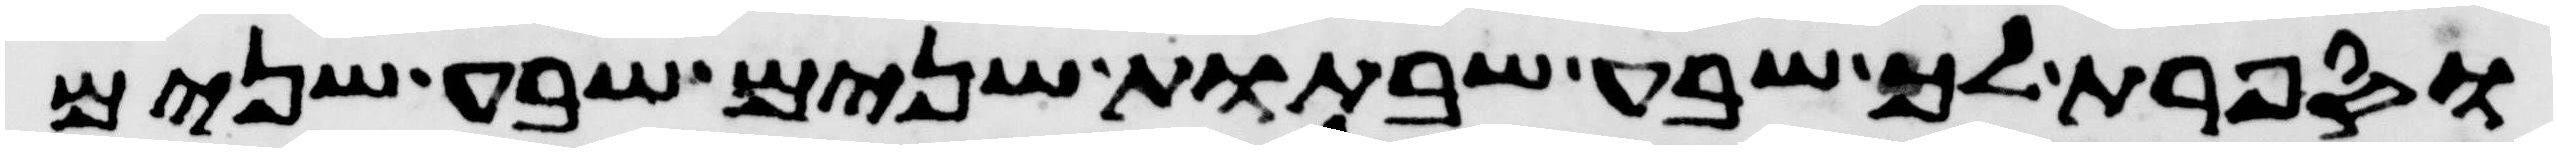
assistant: וספרת לך שבע שבתות שנים שבע שנים